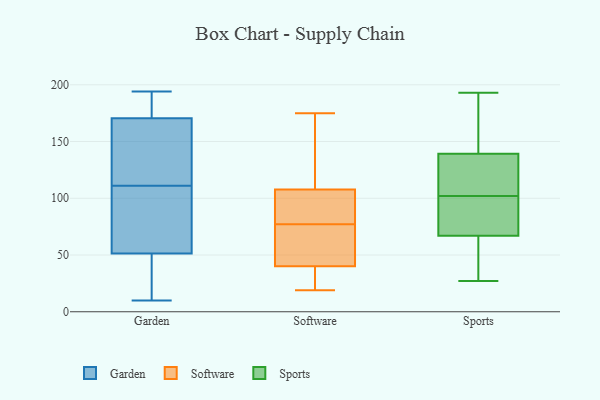
{"axis": {"x": "Operating Costs (USD K)", "y": "Value"}, "legend": ["Garden", "Software", "Sports"], "data": [{"x": "", "y": 147, "type": "Garden"}, {"x": "", "y": 172, "type": "Garden"}, {"x": "", "y": 43, "type": "Garden"}, {"x": "", "y": 54, "type": "Garden"}, {"x": "", "y": 35, "type": "Garden"}, {"x": "", "y": 111, "type": "Garden"}, {"x": "", "y": 142, "type": "Garden"}, {"x": "", "y": 103, "type": "Garden"}, {"x": "", "y": 170, "type": "Garden"}, {"x": "", "y": 194, "type": "Garden"}, {"x": "", "y": 10, "type": "Garden"}, {"x": "", "y": 184, "type": "Garden"}, {"x": "", "y": 73, "type": "Garden"}, {"x": "", "y": 106, "type": "Software"}, {"x": "", "y": 19, "type": "Software"}, {"x": "", "y": 113, "type": "Software"}, {"x": "", "y": 77, "type": "Software"}, {"x": "", "y": 59, "type": "Software"}, {"x": "", "y": 163, "type": "Software"}, {"x": "", "y": 174, "type": "Software"}, {"x": "", "y": 175, "type": "Software"}, {"x": "", "y": 80, "type": "Software"}, {"x": "", "y": 55, "type": "Software"}, {"x": "", "y": 41, "type": "Software"}, {"x": "", "y": 22, "type": "Software"}, {"x": "", "y": 37, "type": "Software"}, {"x": "", "y": 105, "type": "Software"}, {"x": "", "y": 91, "type": "Software"}, {"x": "", "y": 36, "type": "Software"}, {"x": "", "y": 75, "type": "Software"}, {"x": "", "y": 102, "type": "Sports"}, {"x": "", "y": 64, "type": "Sports"}, {"x": "", "y": 193, "type": "Sports"}, {"x": "", "y": 114, "type": "Sports"}, {"x": "", "y": 134, "type": "Sports"}, {"x": "", "y": 73, "type": "Sports"}, {"x": "", "y": 59, "type": "Sports"}, {"x": "", "y": 84, "type": "Sports"}, {"x": "", "y": 65, "type": "Sports"}, {"x": "", "y": 169, "type": "Sports"}, {"x": "", "y": 82, "type": "Sports"}, {"x": "", "y": 146, "type": "Sports"}, {"x": "", "y": 141, "type": "Sports"}, {"x": "", "y": 190, "type": "Sports"}, {"x": "", "y": 104, "type": "Sports"}, {"x": "", "y": 27, "type": "Sports"}, {"x": "", "y": 111, "type": "Sports"}, {"x": "", "y": 99, "type": "Sports"}, {"x": "", "y": 62, "type": "Sports"}]}